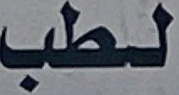
لطب